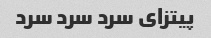
پیتزای سرد سرد سرد